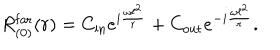
LaTeX: R _ { ( 0 ) } ^ { \mathrm { f a r } } ( r ) = C _ { \mathrm { i n } } e ^ { i \frac { \omega \ell ^ { 2 } } { r } } + C _ { \mathrm { o u t } } e ^ { - i \frac { \omega \ell ^ { 2 } } { r } } .